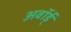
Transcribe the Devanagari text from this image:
अवॉर्ड्